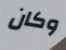
وكان